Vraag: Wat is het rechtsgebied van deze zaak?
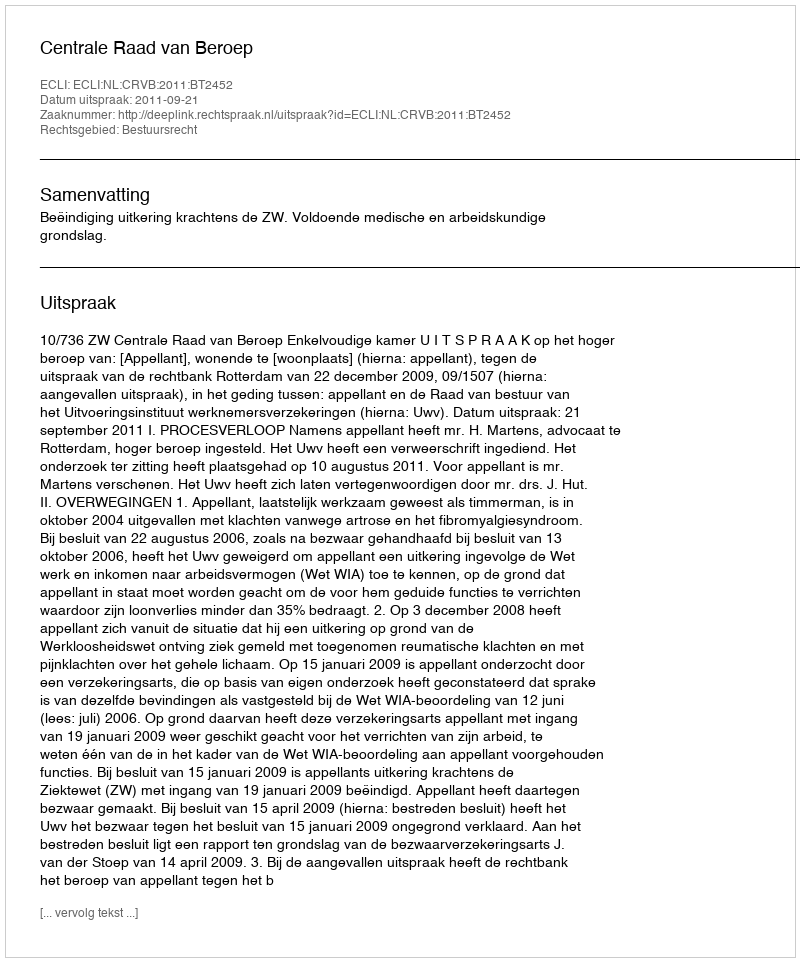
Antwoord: Bestuursrecht